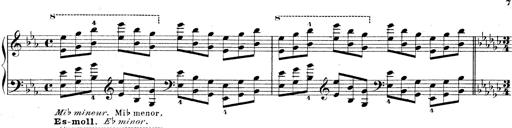
Title: Technische Studien
Composer: Franz Liszt